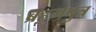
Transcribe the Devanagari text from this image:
ब्रह्‌मपुत्र